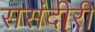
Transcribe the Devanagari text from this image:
ससंदीरी